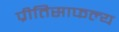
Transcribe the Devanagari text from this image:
प्रीतिसाफल्य